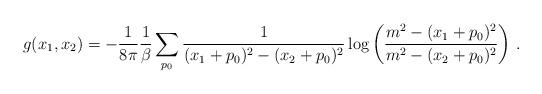
LaTeX: \begin{align*}g(x_1,x_2)= -\frac{1}{8\pi}\frac{1}{\beta}\sum_{p_0} \frac{1}{(x_1+p_0)^2-(x_2+p_0)^2} \log\left(\frac{m^2-(x_1+p_0)^2}{m^2-(x_2+p_0)^2}\right) \,.\end{align*}